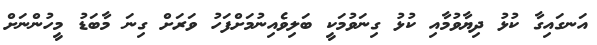
އަނގައިގާ ކުޅު ދިޔާވުމާއި ކުޅު ގިނަވުމަކީ ބަލިވެއިނުމަށްފަހު ވަރަށް ގިނަ މާބަޑު މީހުންނަށް